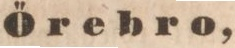
Örebro,